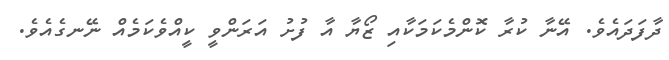
ދާފަދަައެވެ. އޭނާ ކުރާ ކޮންމެކަމަކާއި ޒޯޔާ އާ ފުށު އަރަންވީ ކީއްވެކަމެއް ނޭނގެއެވެ.